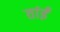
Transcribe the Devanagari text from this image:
तांईं